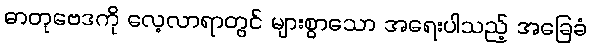
ဓာတုဗေဒကို လေ့လာရာတွင် များစွာသော အရေးပါသည့် အခြေခံ